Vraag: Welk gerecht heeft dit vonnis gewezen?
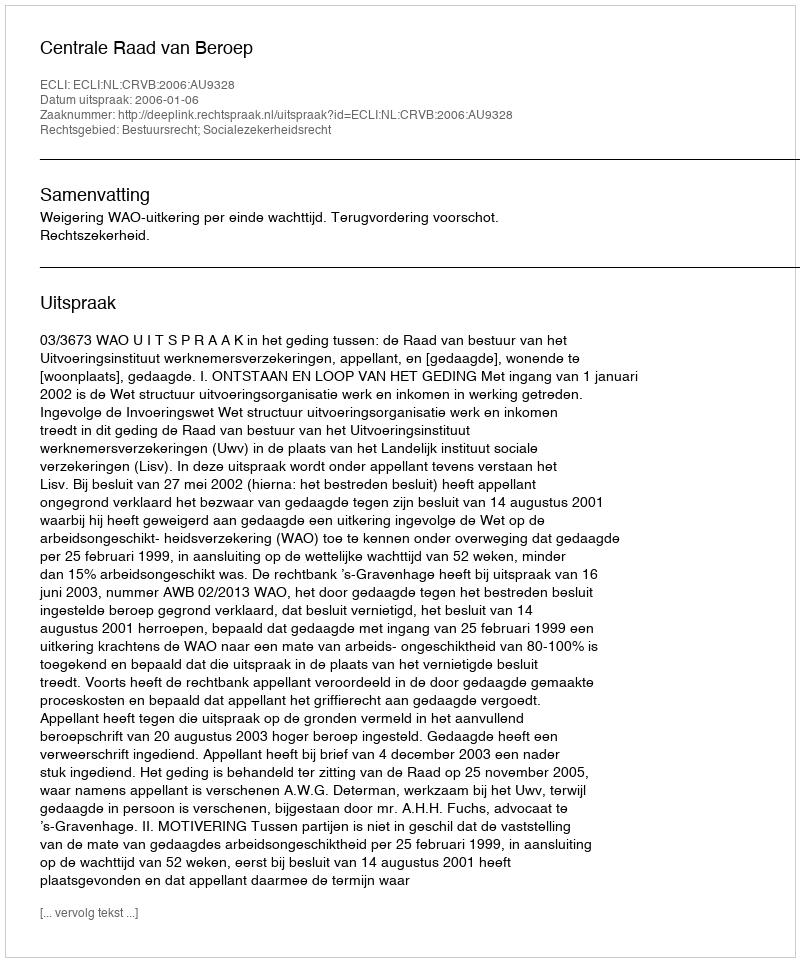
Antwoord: Centrale Raad van Beroep